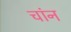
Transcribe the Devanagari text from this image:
चांन